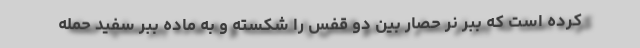
کرده است که ببر نر حصار بین دو قفس را شکسته و به ماده ببر سفید حمله